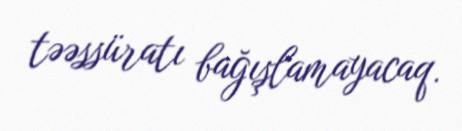
təəssüratı bağışlamayacaq.